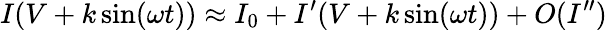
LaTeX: I(V+k\sin(\omega t))\approx I_{0}+I^{\prime}(V+k\sin(\omega t))+O(I^{\prime\prime})